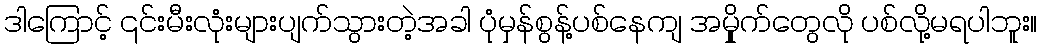
ဒါကြောင့် ၎င်းမီးလုံးများပျက်သွားတဲ့အခါ ပုံမှန်စွန့်ပစ်နေကျ အမှိုုက်တွေလို ပစ်လို့မရပါဘူး။